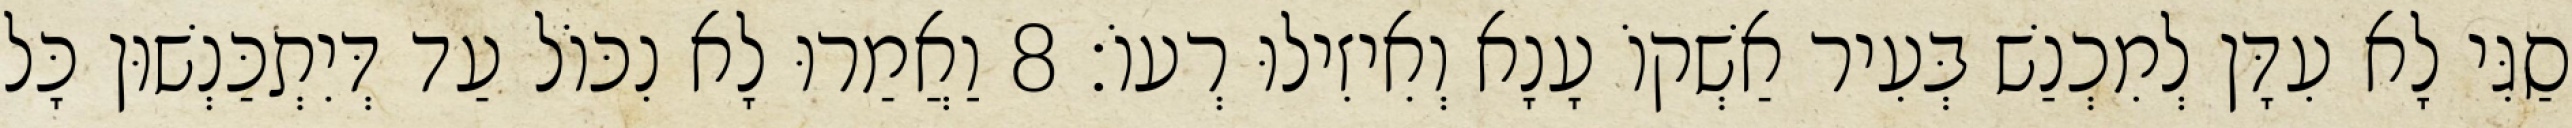
סַגִּי לָא עִדָּן לְמִכְנַשׁ בְּעִיר אַשְׁקוֹ עָנָא וְאִיזִילוּ רְעוֹ׃ 8 וַאֲמַרוּ לָא נִכּוֹל עַד דְּיִתְכַּנְשׁוּן כָּל